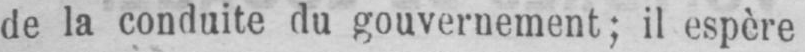
de la conduite du gouvernement; il espère